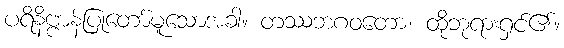
ပရိနိဗ္ဗာန်ပြုတော်မူသောအခါ။ တဿဘဂဝတော၊ ထိုဘုရားရှင်၏။